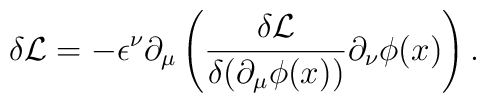
\delta\mathcal{L}=-\epsilon^{\nu}\partial_{\mu}\left(\frac{\delta\mathcal{L}}{\delta(\partial_{\mu}\phi(x))}\partial_{\nu}\phi(x)\right).